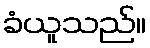
ခံယူသည်။